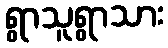
ရွာသူရွာသား